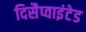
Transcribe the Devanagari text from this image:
दिसैप्वाइंटेड